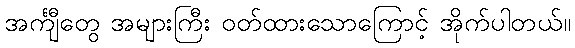
အင်္ကျီတွေ အများကြီး ဝတ်ထားသောကြောင့် အိုက်ပါတယ်။